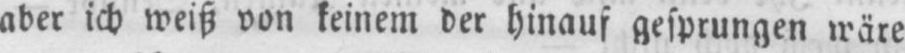
aber ich weiß von keinem der hinauf gesprungen wäre